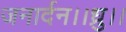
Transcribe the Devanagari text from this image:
जनार्दन।।ध्रु।।